Medical and sanitary report on the native army of Bombay for the year
Year: 1877
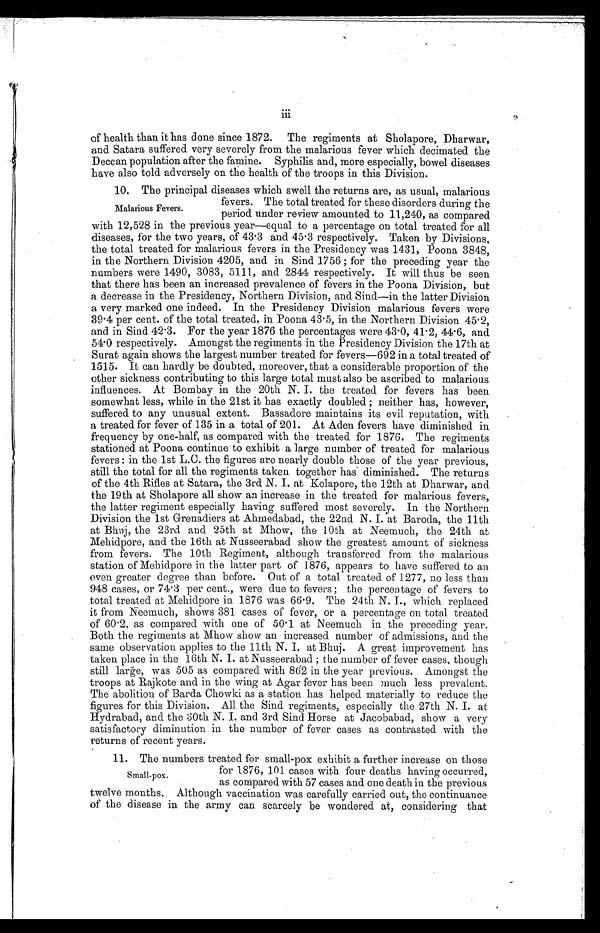
of health than it has done since 1872. The regiments at Sholapore, Dharwar,
and Satara suffered very severely from the malarious fever which decimated the
Deccan population after the famine. Syphilis and, more especially, bowel diseases
have also told adversely on the health of the troops in this Division.
10. The principal diseases which swell the returns are, as usual, malarious
fevers. The total treated for these disorders during the
period under review amounted to 11,240, as compared
with 12,528 in the previous year—equal to a percentage on total treated for all
diseases, for the two years, of 43.3 and 45.3 respectively. Taken by Divisions,
the total treated for malarious fevers in the Presidency was 1431, Poona 3848,
in the Northern Division 4205, and in Sind 1756; for the preceding year the
numbers were 1490, 3083, 5111, and 2844 respectively. It will thus be seen
that there has been an increased prevalence of fevers in the Poona Division, but
a decrease in the Presidency, Northern Division, and Sind—in the latter Division
a very marked one indeed. In the Presidency Division malarious fevers were
39.4 per cent. of the total treated, in Poona 43.5, in the Northern Division 45.2,
and in Sind 42.3. For the year 1876 the percentages were 43.0, 41.2, 44.6, and
54.0 respectively. Amongst the regiments in the Presidency Division the 17th at
Surat again shows the largest number treated for fevers—692 in a total treated of
1515. It can hardly be doubted, moreover, that a considerable proportion of the
other sickness contributing to this large total must also be ascribed to malarious
influences. At Bombay in the 20th N. I. the treated for fevers has been
somewhat less, while in the 21st it has exactly doubled; neither has, however,
suffered to any unusual extent. Bassadore maintains its evil reputation, with
a treated for fever of 135 in a total of 201. At Aden fevers have diminished in
frequency by one-half, as compared with the treated for 1876. The regiments
stationed at Poona continue to exhibit a large number of treated for malarious
fevers: in the 1st L.C. the figures are nearly double those of the year previous,
still the total for all the regiments taken together has diminished. The returns
of the 4th Rifles at Satara, the 3rd N. I. at Kolapore, the 12th at Dharwar, and
the 19th at Sholapore all show an increase in the treated for malarious fevers,
the latter regiment especially having suffered most severely. In the Northern
Division the 1st Grenadiers at Ahmedabad, the 22nd N. I. at Baroda, the 11th
at Bhuj, the 23rd and 25th at Mhow, the 10th at Neemuch, the 24th at
Mehidpore, and the 16th at Nusseerabad show the greatest amount of sickness
from fevers. The 10th Regiment, although transferred from the malarious
station of Mehidpore in the latter part of 1876, appears to have suffered to an
even greater degree than before. Out of a total treated of 1277, no less than
948 cases, or 74.3 per cent., were due to fevers; the percentage of fevers to
total treated at Mehidpore in 1876 was 66.9. The 24th N. I., which replaced
it from Neemuch, shows 381 cases of fever, or a percentage on total treated
of 60.2, as compared with one of 50.1 at Neemuch in the preceding year.
Both the regiments at Mhow show an increased number of admissions, and the
same observation applies to the 11th N. I. at Bhuj. A great improvement has
taken place in the 16th N. I. at Nusseerabad; the number of fever cases, though
still large, was 505 as compared with 862 in the year previous. Amongst the
troops at Rajkote and in the wing at Agar fever has been much less prevalent.
The abolition of Barda Chowki as a station has helped materially to reduce the
figures for this Division. All the Sind regiments, especially the 27th N. I. at
Hydrabad, and the 30th N. I. and 3rd Sind Horse at Jacobabad, show a very
satisfactory diminution in the number of fever cases as contrasted with the
returns of recent years.
Malarious Fevers.
11. The numbers treated for small-pox exhibit a further increase on those
for 1876, 101 cases with four deaths having occurred,
as compared with 57 cases and one death in the previous
twelve months. Although vaccination was carefully carried out, the continuance
of the disease in the army can scarcely be wondered at, considering that
Small-pox.